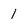
Character: 1